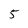
Character: 5